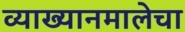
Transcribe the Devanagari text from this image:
व्याख्यानमालेचा